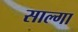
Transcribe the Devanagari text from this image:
साल्गा